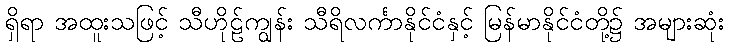
ရှိရာ အထူးသဖြင့် သီဟိုဠ်ကျွန်း သီရိလင်္ကာနိုင်ငံနှင့် မြန်မာနိုင်ငံတို့၌ အများဆုံး